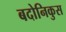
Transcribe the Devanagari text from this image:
बदोनिकुस